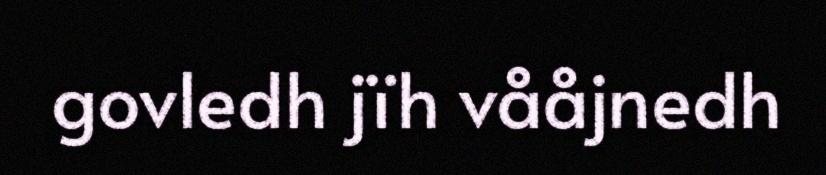
govledh jïh vååjnedh